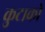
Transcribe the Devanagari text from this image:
कुटाको